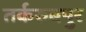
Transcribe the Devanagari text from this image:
तर्करुबपुर